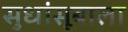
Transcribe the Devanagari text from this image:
सुधांसूबाला